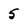
Character: 5